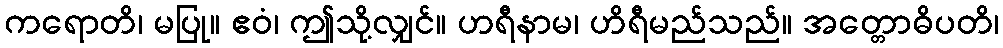
ကရောတိ၊ မပြု။ ဧဝံ၊ ဤသို့လျှင်။ ဟရီနာမ၊ ဟိရီမည်သည်။ အတ္တောဓိပတိ၊